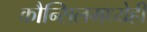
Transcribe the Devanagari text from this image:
कौन्सिलमध्येही